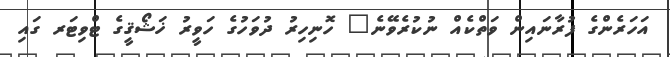
އަހަރެންގެ ފުރާނައިން ވަތްކެއް ނުކުރެވޭނެ" ހޮނިހިރު ދުވަހުގެ ހަވީރު ޚަޝޯޤީގެ ޓްވިޓަރ ގައި